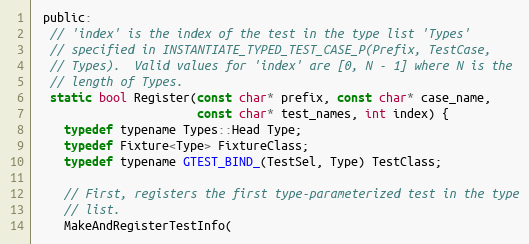
Language: C
 public:
  // 'index' is the index of the test in the type list 'Types'
  // specified in INSTANTIATE_TYPED_TEST_CASE_P(Prefix, TestCase,
  // Types).  Valid values for 'index' are [0, N - 1] where N is the
  // length of Types.
  static bool Register(const char* prefix, const char* case_name,
                       const char* test_names, int index) {
    typedef typename Types::Head Type;
    typedef Fixture<Type> FixtureClass;
    typedef typename GTEST_BIND_(TestSel, Type) TestClass;

    // First, registers the first type-parameterized test in the type
    // list.
    MakeAndRegisterTestInfo(